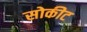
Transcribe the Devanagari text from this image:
सोकीट